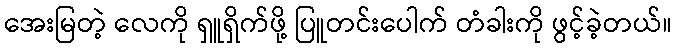
အေးမြတဲ့ လေကို ရှူရှိက်ဖို့ ပြူတင်းပေါက် တံခါးကို ဖွင့်ခဲ့တယ်။